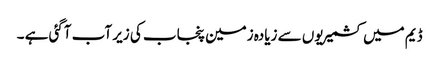
ڈیم میں کشمیریوں سے زیادہ زمین پنجاب کی زیر آب آگئی ہے ۔